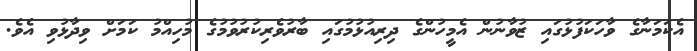
އެކަމަނާގެ ވާހަކަފުޅުގައި ޒުވާނުން އެމީހުންގެ ދިރިއުޅުމުގައި ބާރުވެރިކުރުވުމުގެ މުހިއްމު ކަމަށް ވިދާޅުވި އެވެ.